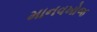
માનવખોજ